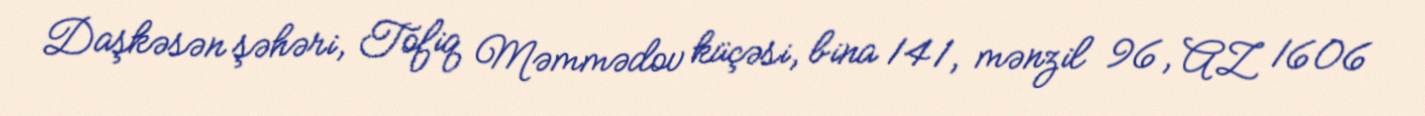
Daşkəsən şəhəri, Tofiq Məmmədov küçəsi, bina 141, mənzil 96, AZ 1606